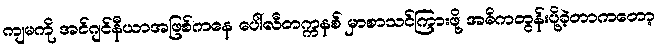
ကျမကို အင်ဂျင်နီယာအဖြစ်ကနေ ပေါ်လီတက္ကနစ် မှာစာသင်ကြားဖို့ အဓိကတွန်းပို့ခဲ့တာကတော့